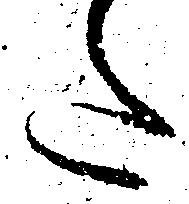
た